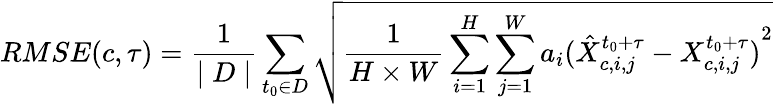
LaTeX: RMSE(c,\tau)=\frac{1}{\mid D\mid}\sum_{t_{0}\in D}\sqrt{\frac{1}{H\times W}\sum_{i=1}^{H}\sum_{j=1}^{W}a_{i}{(\hat{X}_{c,i,j}^{t_{0}+\tau}-X_{c,i,j}^{t_{0}+\tau})}^{2}}